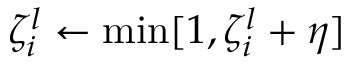
\zeta _ { i } ^ { l } \gets \operatorname* { m i n } [ 1 , \zeta _ { i } ^ { l } + \eta ]